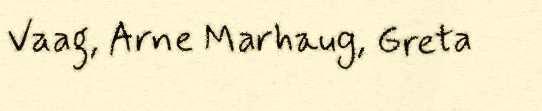
Vaag, Arne Marhaug, Greta